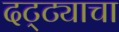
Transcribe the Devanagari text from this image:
दट्ट्याचा